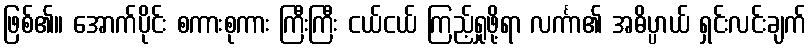
ဖြစ်၏။ အောက်ပိုင်း စကားစုကား ကြီးကြီး ငယ်ငယ် ကြည့်ရှုဖို့ရာ လင်္ကာ၏ အဓိပ္ပာယ် ရှင်းလင်းချက်